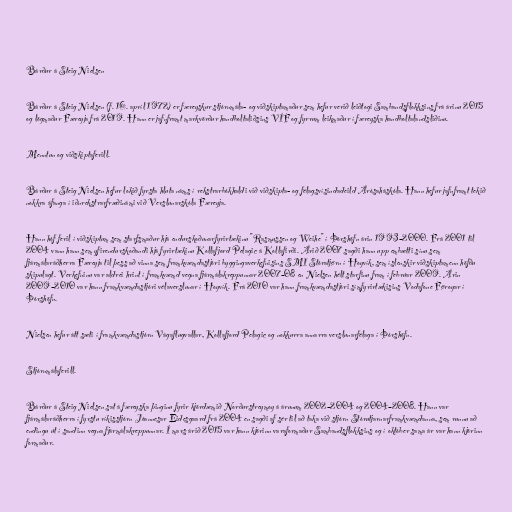
Bárður á Steig Nielsen

Bárður á Steig Nielsen (f. 16. apríl 1972) er færeyskur stjórnmála- og viðskiptamaður sem hefur verið leiðtogi Sambandsflokksins frá árinu 2015
og lögmaður Færeyja frá 2019. Hann er jafnframt markvörður handboltaliðsins VÍF og fyrrum leikmaður í færeyska handboltalandsliðinu.

Menntun og viðskiptaferill.

Bárður á Steig Nielsen hefur lokið fyrsta hluta náms í rekstrarbókhaldi við viðskipta- og félagsvísindadeild Árósaháskóla. Hann hefur jafnframt tekið
nokkra áfanga í iðnrekstrarfræðinámi við Verslunarskóla Færeyja.

Hann hóf feril í viðskiptum sem starfsmaður hjá endurskoðunarfyrirtækinu "Rasmussen og Weihe" í Þórshöfn árin 1993–2000. Frá 2001 til
2004 vann hann sem yfirendurskoðandi hjá fyrirtækinu Kollafjord Pelagic á Kollafirði. Árið 2007 sagði hann upp embætti sínu sem
fjármálaráðherra Færeyja til þess að vinna sem framkvæmdastjóri byggingaverkefnisins SMI Stóratjørn í Hoyvík, sem íslenskir viðskiptamenn höfðu
skipulagt. Verkefninu var aldrei hrint í framkvæmd vegna fjármálakreppunnar 2007–08 en Nielsen hélt starfinu fram í febrúar 2009. Árin
2009–2010 var hann framkvæmdastjóri vélaverslunar í Hoyvík. Frá 2010 var hann framkvæmdastjóri símfyrirtækisins Vodafone Føroyar í
Þórshöfn.

Nielsen hefur átt sæti í framkvæmdastjórn Vágaflugvallar, Kollafjord Pelagic og nokkurra annarra verslunarfélaga í Þórshöfn.

Stjórnmálaferill.

Bárður á Steig Nielsen sat á færeyska þinginu fyrir kjördæmið Norðurstreymoy á árunum 2002–2004 og 2004–2008. Hann var
fjármálaráðherra í fyrstu ríkisstjórn Jóannesar Eidesgaard frá 2004 en sagði af sér til að taka við stjórn Stórutjarnarframkvæmdanna, sem runnu að
endingu út í sandinn vegna fjármálakreppunnar. Í mars árið 2015 var hann kjörinn varaformaður Sambandsflokksins og í október sama ár var hann kjörinn
formaður.